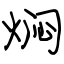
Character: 焖